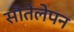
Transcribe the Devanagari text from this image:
सौतेलेपन